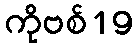
ကိုဗစ်19